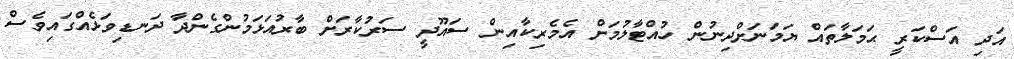
އަދި އަސްކަރީ ޙަމަލާތައް ޔަމަނަށްދިނުން ހުއްޓާލުމަށް އެމެރިކާއިން ސައޫދީ ސަރުކާރަށް ބާރުއަޅަމުންގެންދާ ދަނޑިވަޅެއްގައިވެސް